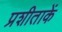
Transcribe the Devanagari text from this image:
प्रशीताकें